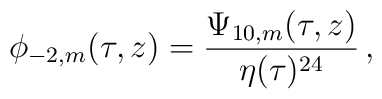
\phi_{-2,m}(\tau,z)=\frac{\Psi_{10,m}(\tau,z)}{\eta(\tau)^{24}}\,,